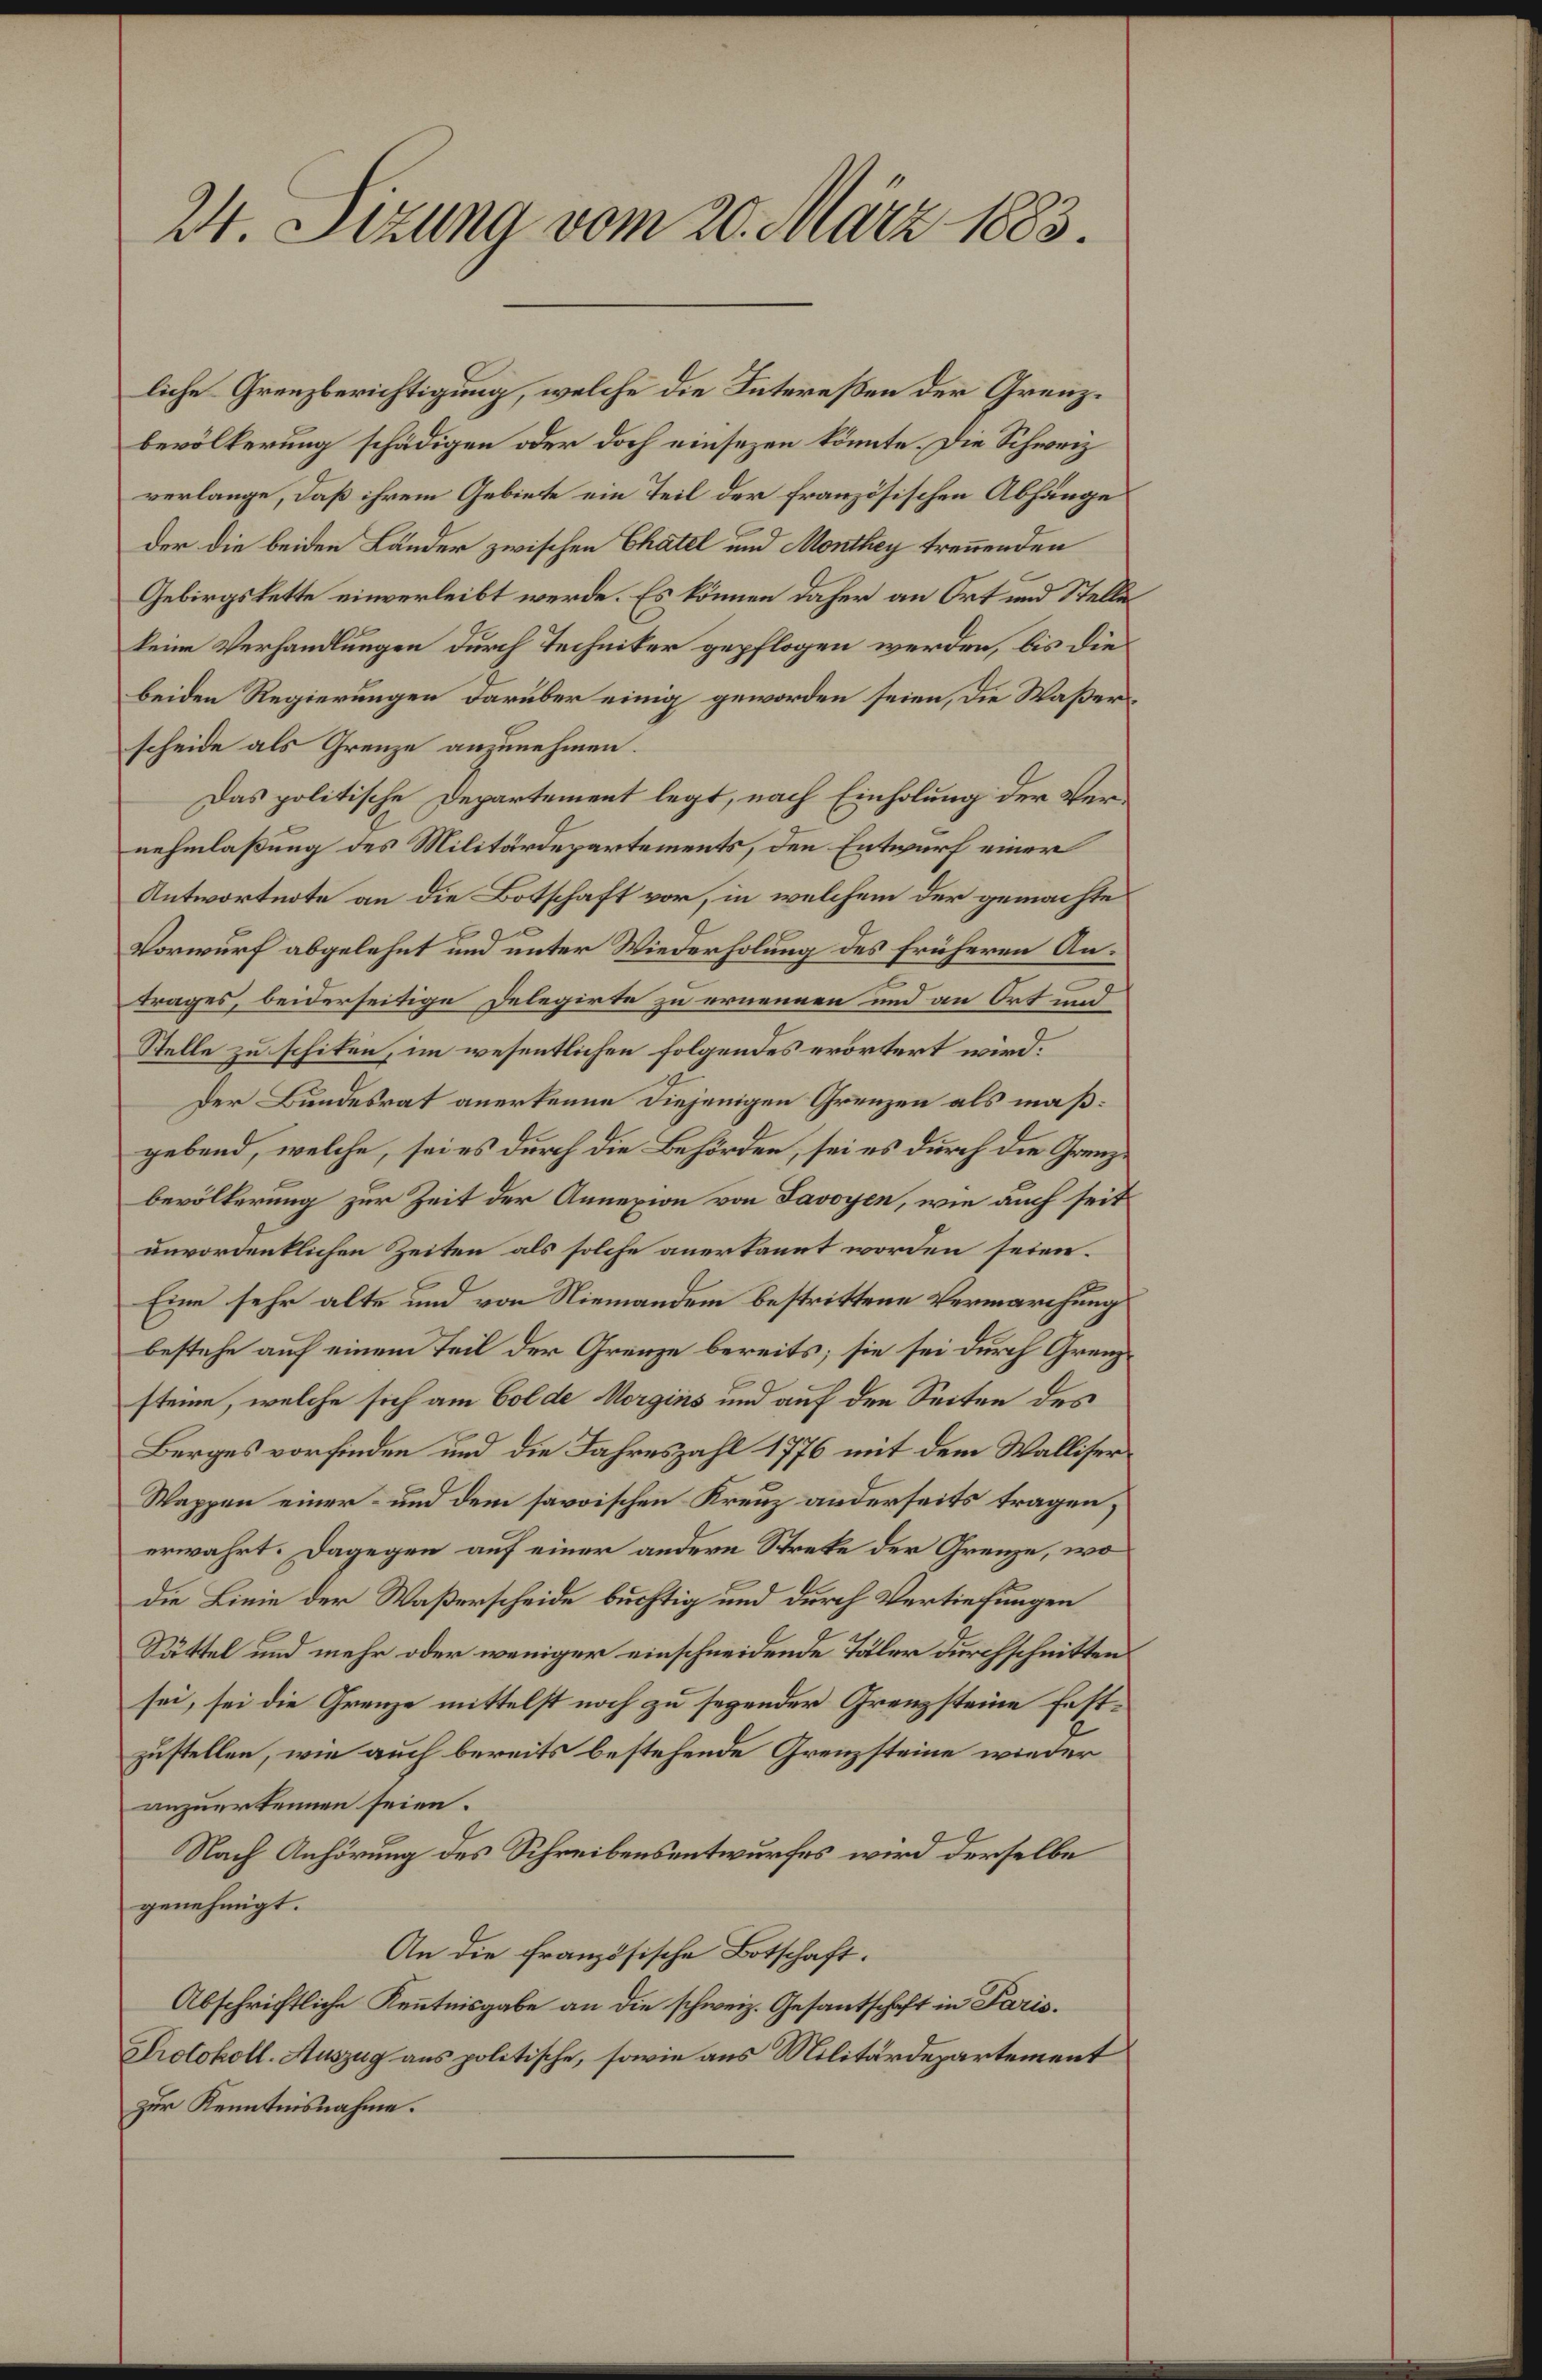
24. Sizung vom 20. März 1883.

liche Grenzberichtigung, welche die Intereßen der Grenzbevölkerung schädigen oder doch einsezen könnte. Die Schweiz
verlange, daß ihrem Gebiete ein Teil der französischen Abhänge
der die beiden Länder zwischen Chatel und Monthey trennenden
Gebirgskette einverleibt werde. Es können daher an Ort und Stelle
keine Verhandlungen durch Techniker gepflogen werden, bis die
beiden Regierungen darüber einig geworden seien, die Waßerscheide als Grenze anzunehmen.
Das politische Departement legt, nach Einholung der Vernehmlaßung des Militärdepartements, den Entwurf einer
Antwortnote an die Botschaft vor, in welchem der gemachte
Vorwurf abgelehnt und unter Wiederholung des früheren Antrages, beiderseitige Delegirte zu ernennen und an Ort und
Stelle zu schiten, im wesentlichen folgendes erörtert wird.
Der Bundesrat anerkenne diejenigen Grenzen als mäßgebend, welche, sei es durch die Behörden, sei es durch die Grenzbevölkerung zur Zeit der Annexion von Savoyen, wie auch seit
unvordentlichen Zeiten als solche anerkannt worden seien.
Eine sehr alte und von Niemandem bestrittene Vermarchung
bestehe auf einem Teil der Grenze bereits; sie sei durch Grenzsteine, welche sich am Golde Morgins und auf den Seiten des
Berges vorfinden und die Jahreszahl 1776 mit dem Walliser
Wappen einer- und dem savoischen Kreuz anderseits tragen,
erwahrt. Dagegen auf einer andern Streke der Grenze, wo
die Linie der Waßerscheide büchtig und durch Vertiefungen
Süttel und mehr oder weniger einschneidende Täler durchschnitten
sei, sei die Grenze mittelst noch zu segender Grenzsteine festzustellen, wie auch bereits bestehende Grenzsteine wieder
anzuerkennen seien.
Nach Anhörung des Schreibensentwurfes wird derselbe
genehmigt.
An die französische Botschaft.
Abschriftliche Kenntnisgabe an die schweiz. Gesantschaft in Paris.
Protokoll-Auszug aus politische, sowie aus Militärdepartement
zur Kenntnisnahme.